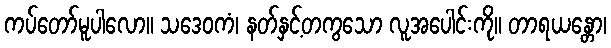
ကပ်တော်မူပါလော။ သဒေဝကံ၊ နတ်နှင့်တကွသော လူအပေါင်းကို။ တာရယန္တော၊